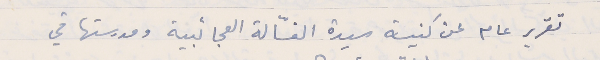
تقرير عام عن كنيسة سيدة الغسّالة العجائبية ومدرستها في